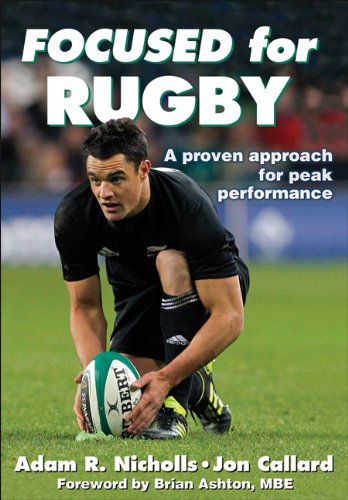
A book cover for Focused for Rugby; Adam Nicholls; Sports & Outdoors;